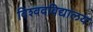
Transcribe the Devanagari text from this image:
विश्‍ववविद्यालय